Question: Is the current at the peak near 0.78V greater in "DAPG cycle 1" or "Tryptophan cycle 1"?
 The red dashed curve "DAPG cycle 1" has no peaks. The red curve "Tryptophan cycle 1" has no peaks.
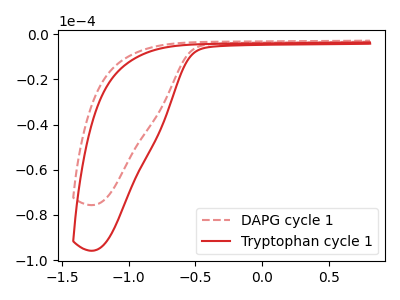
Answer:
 <answer>"DAPG cycle 1" and "Tryptophan cycle 1" dont share a peak at 0.78V.</answer>
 <eval>mismatch</eval>